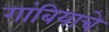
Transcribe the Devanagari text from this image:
गांबियाचे